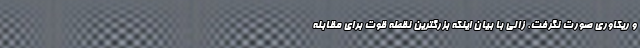
و ریکاوری صورت نگرفت. زالی با بیان اینکه بزرگترین نقطه قوت برای مقابله